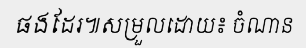
ផងដែរ៕សម្រួលដោយ៖ ចំណាន